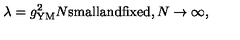
\lambda = g _ { \mathrm { Y M } } ^ { 2 } N \mathrm { s m a l l a n d f i x e d } , N \rightarrow \infty ,